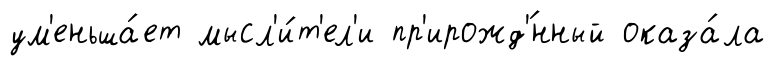
ум'еньша́ет мысл'и́т'ел'и пр'ирожд'́нный оказа́ла